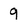
Character: 9